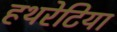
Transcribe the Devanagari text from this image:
हथरेटिया